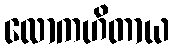
လောကဟိတာယ